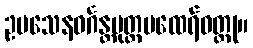
ဥပသေနဝင်္ဂန္တပုတ္တမထေရ်ဝတ္ထု။